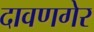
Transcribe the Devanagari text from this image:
दावणगेर